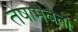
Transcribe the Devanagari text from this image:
तेषामेवैता